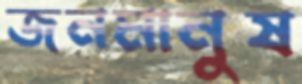
জনমানুষ